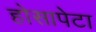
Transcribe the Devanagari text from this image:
होसापेटा